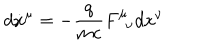
d \dot { x } ^ { \mu } = - \frac { q } { m c } F _ { \, \, \, \nu } ^ { \mu } d { x } ^ { \nu }